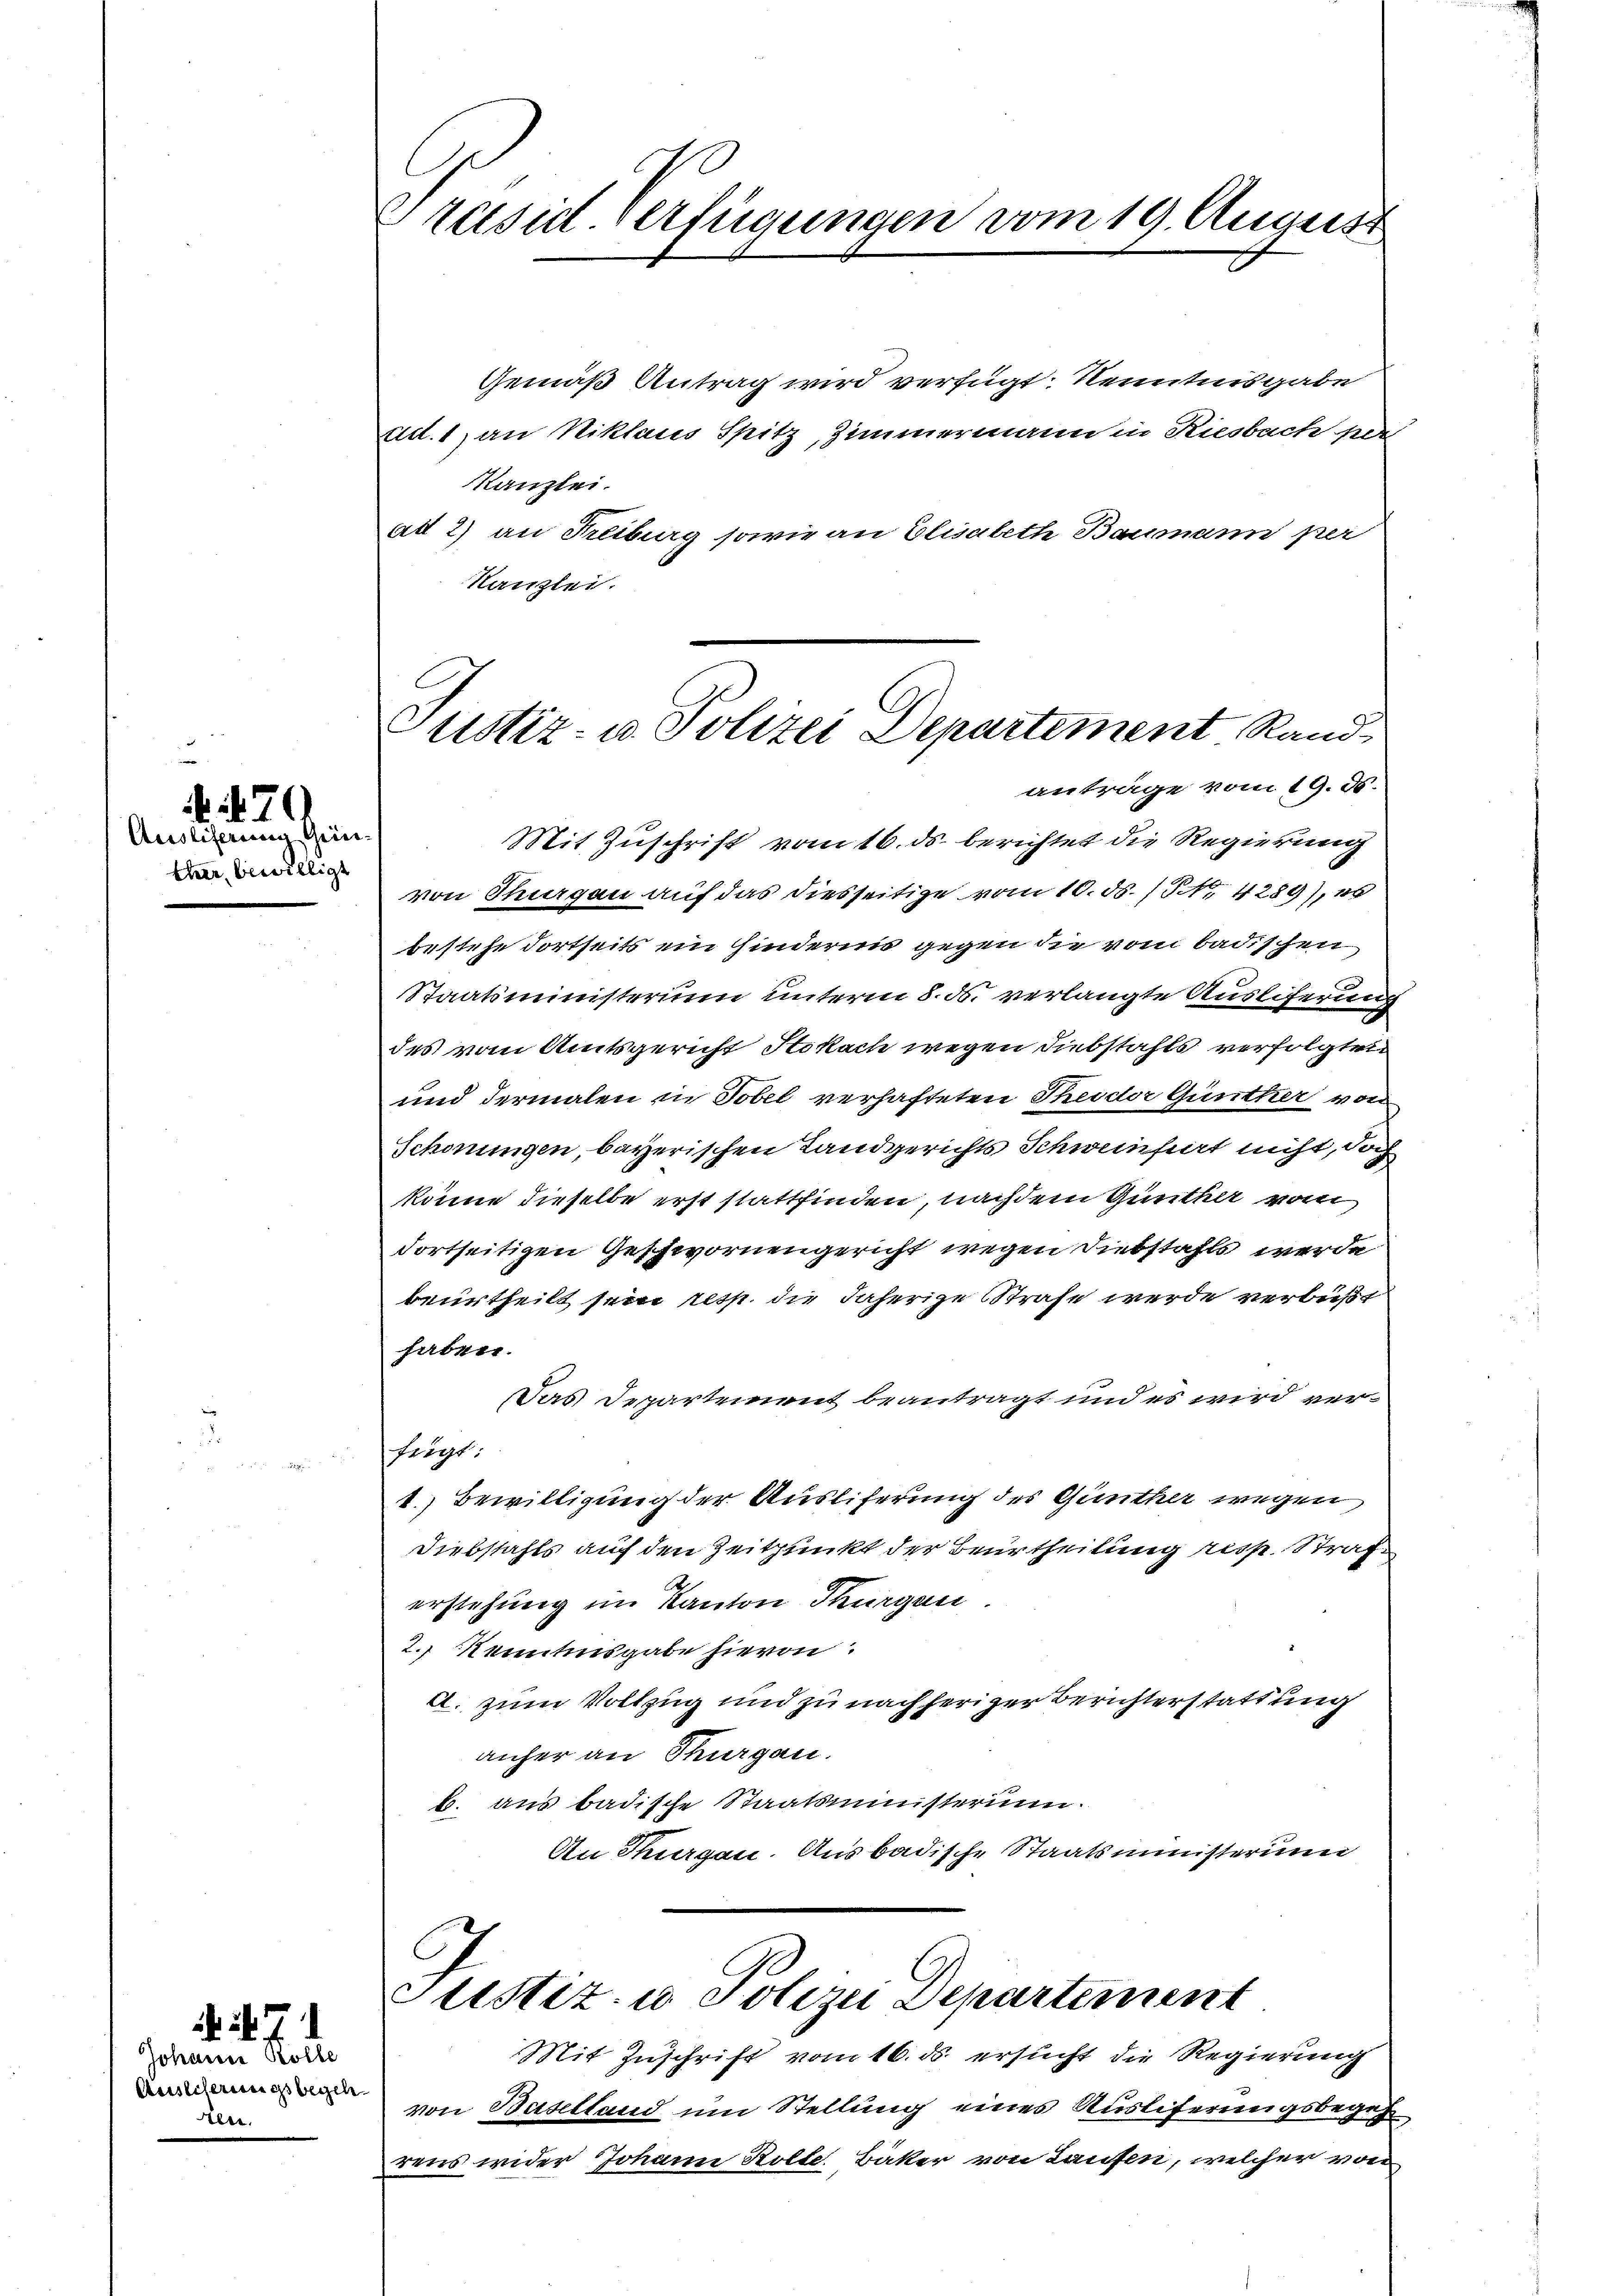
ther bewilligt

70
Ausliserung Grie

Johann Kolle
Auslieferungsbegeh
Heer.

7

Präsid. Verfügungen vom 19. August

Justiz- u. Polizei Departement Rand
anträge vom 19. ds.

Gemäß Antrag wird verfügt: Kenntnisgabe
ct. 1) an Niklaus Spitz, Zimmermann in Riesbach per
Kanzlei.
ad 2) an Freiburg sowie an Elisabeth Baumann per
Kanzlei.
Mit Zuschrift vom 16. ds. berichtet die Regierung
von Stiegen auf das diesseitige vom 10. ds. / NNo. 4289), es
bestehe dortseits ein Kindernis gegen die vom badischen
Staatsministerium unterm 8. ds. verlangte Ausliferung
des vom Amtsgericht Stokach wegen Diebstahls verfolgten
und dermalen in Tobel verhafteten Theider Günther von
Schonungen, bayerischen Landgerichts Schweinsiert nicht, doch
könne dieselbe erst stattfinden, nachdem Güntheilt vom
dortseitigen Geschwornengericht wegen Diebstahls werde
beurtheilt sein resp. die daherige Strafe werde verbüßt
haben.
Das Departement beantragt und es wird verfängt:
1.) Bewilligung der Ausliferung des Günther wegen
Diebstahls auf den Zeitpunkt der Beurtheilung resp. Straferstehung im Kanton Thurgau.
2.) Kenntnisgabe hievon
A. zum Vollzug und zu nachheriger Berichterstattung
anher an Thurgau.
b. aus badische Staatsministerium.
An Thurgau. Ausbadische Staatsministerum
Justiz- u Polizei Departement
Mit Zuschrift vom 16. ds. ersucht die Regierung
von Baselland um Stellung eines Ausliferungsbegeh
rens wider Johann Kolte. Bäker von Laufen, welcher von